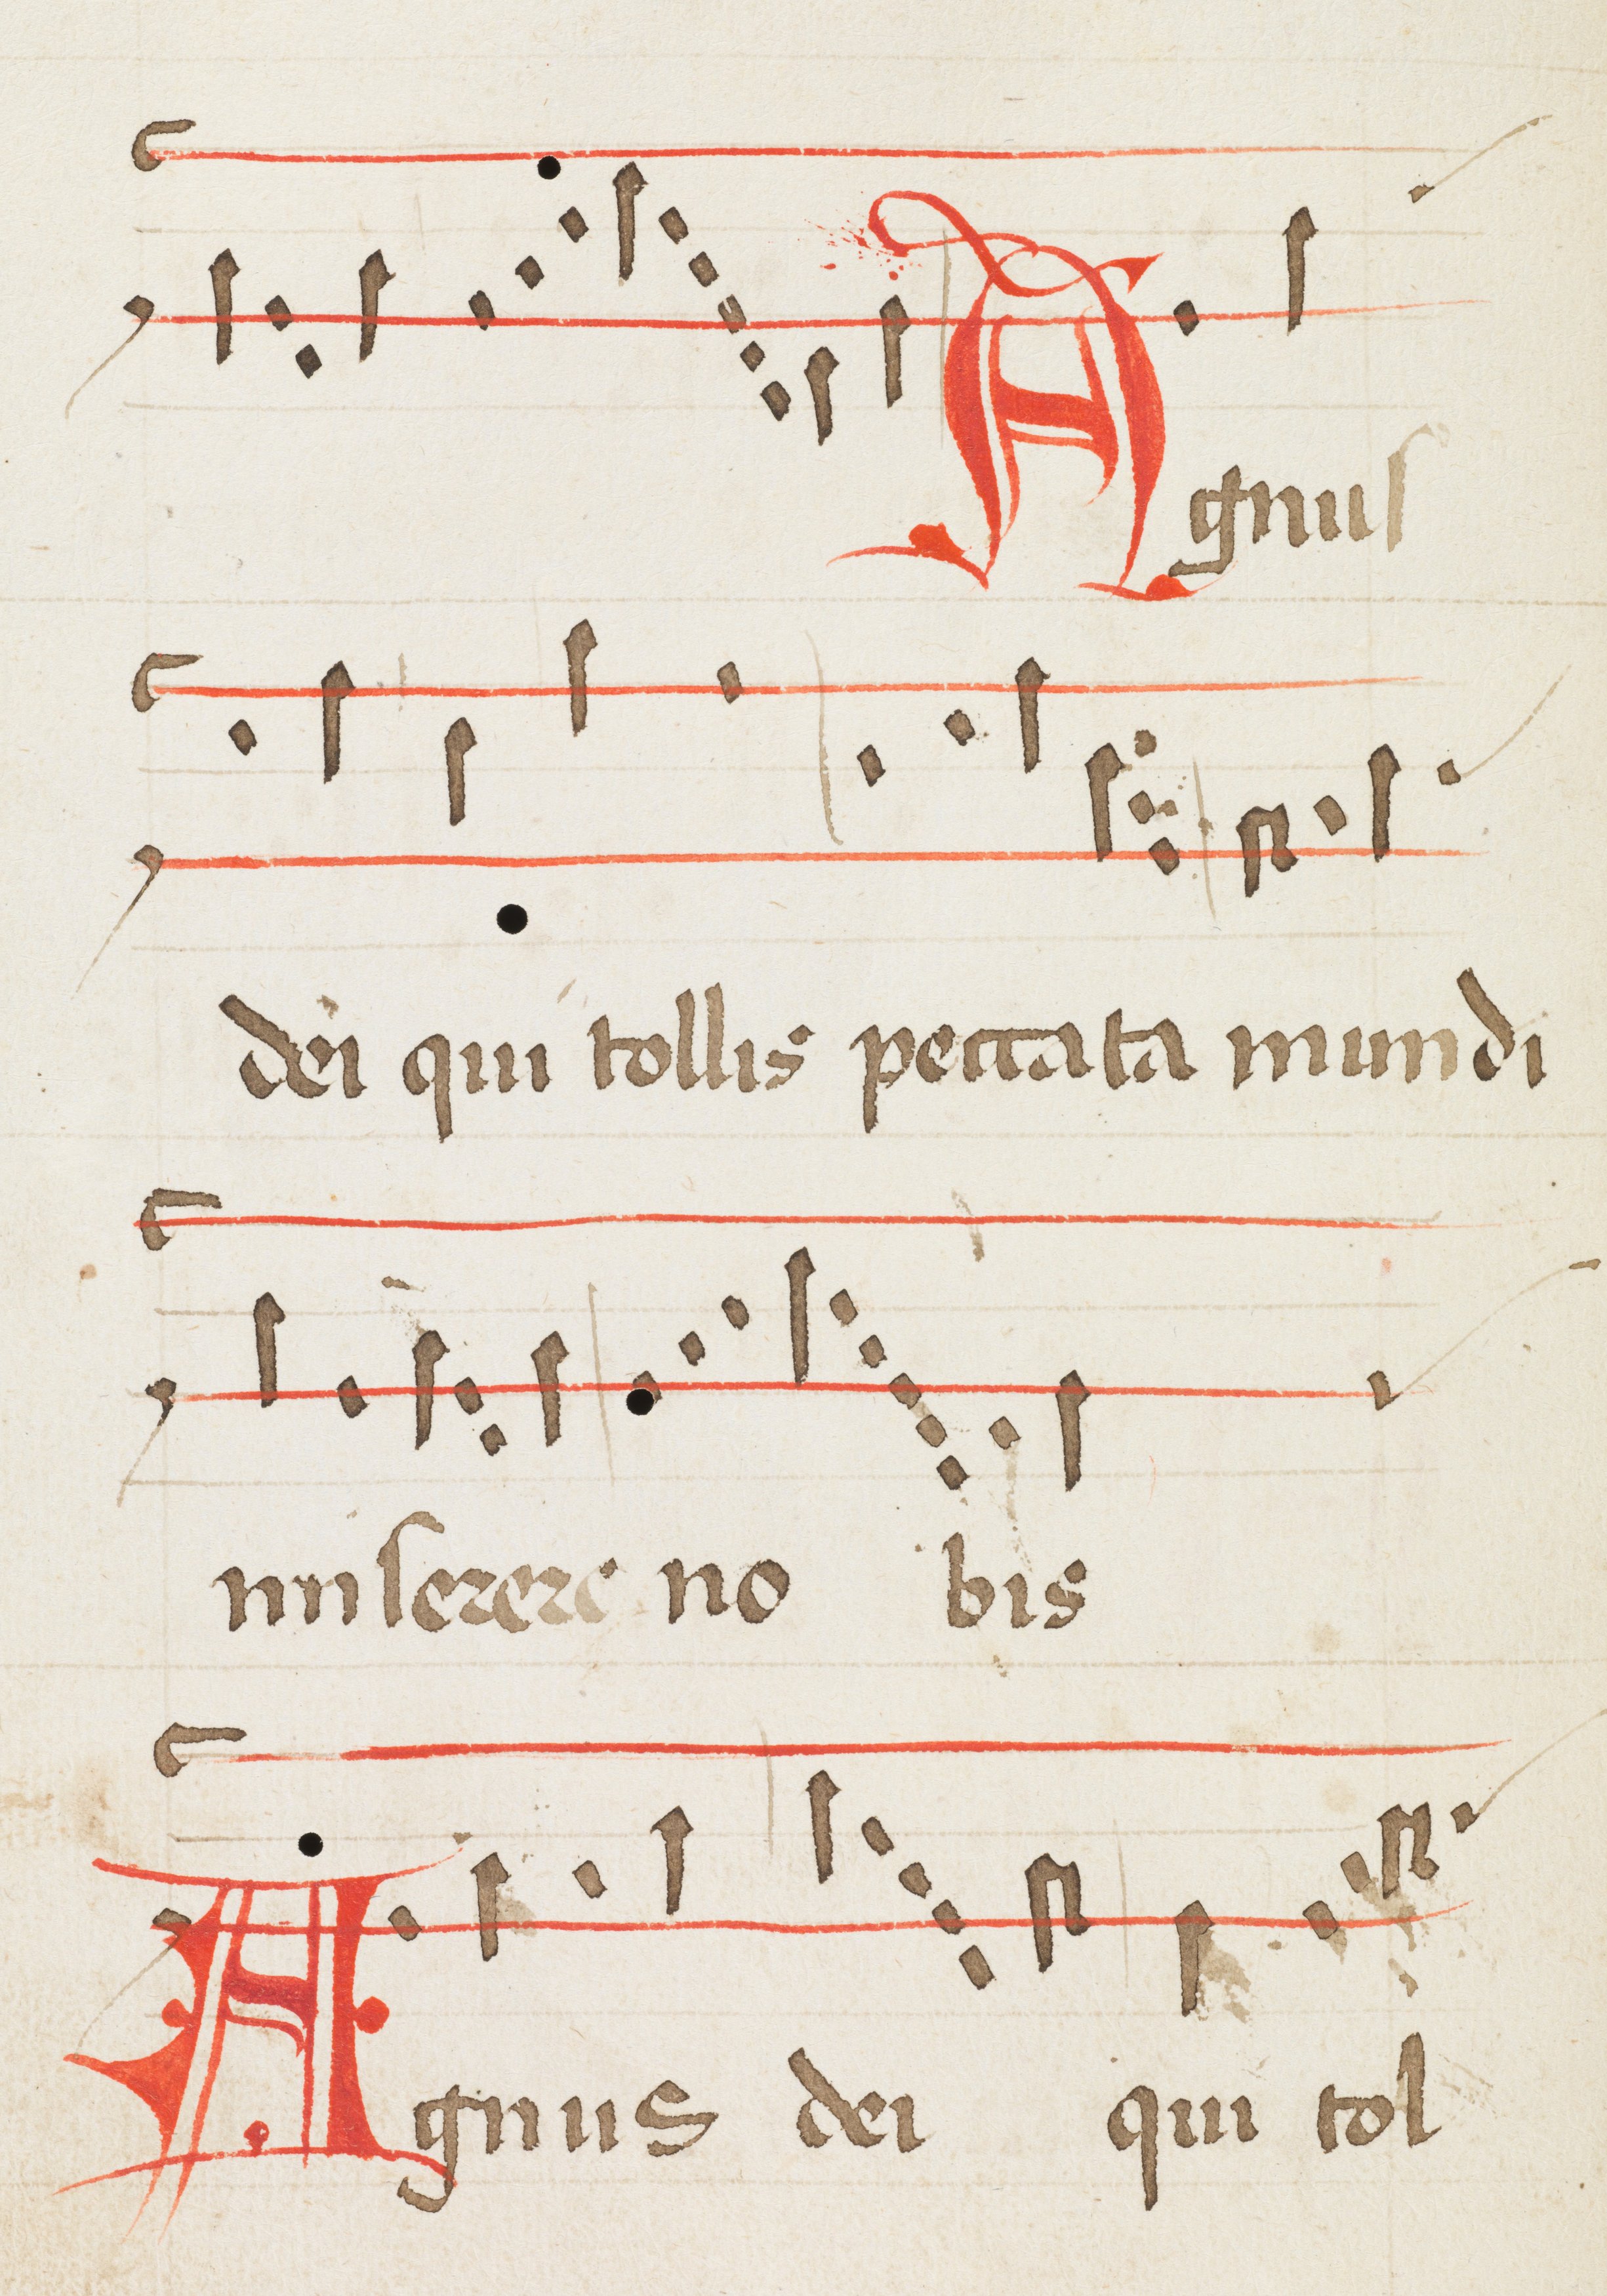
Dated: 1475–1499